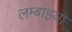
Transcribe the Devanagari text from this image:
लम्बाइया